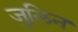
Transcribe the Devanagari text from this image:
जुलिन